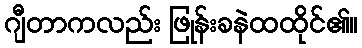
ဂျီတာကလည်း ဖြုန်းခနဲထထိုင်၏။